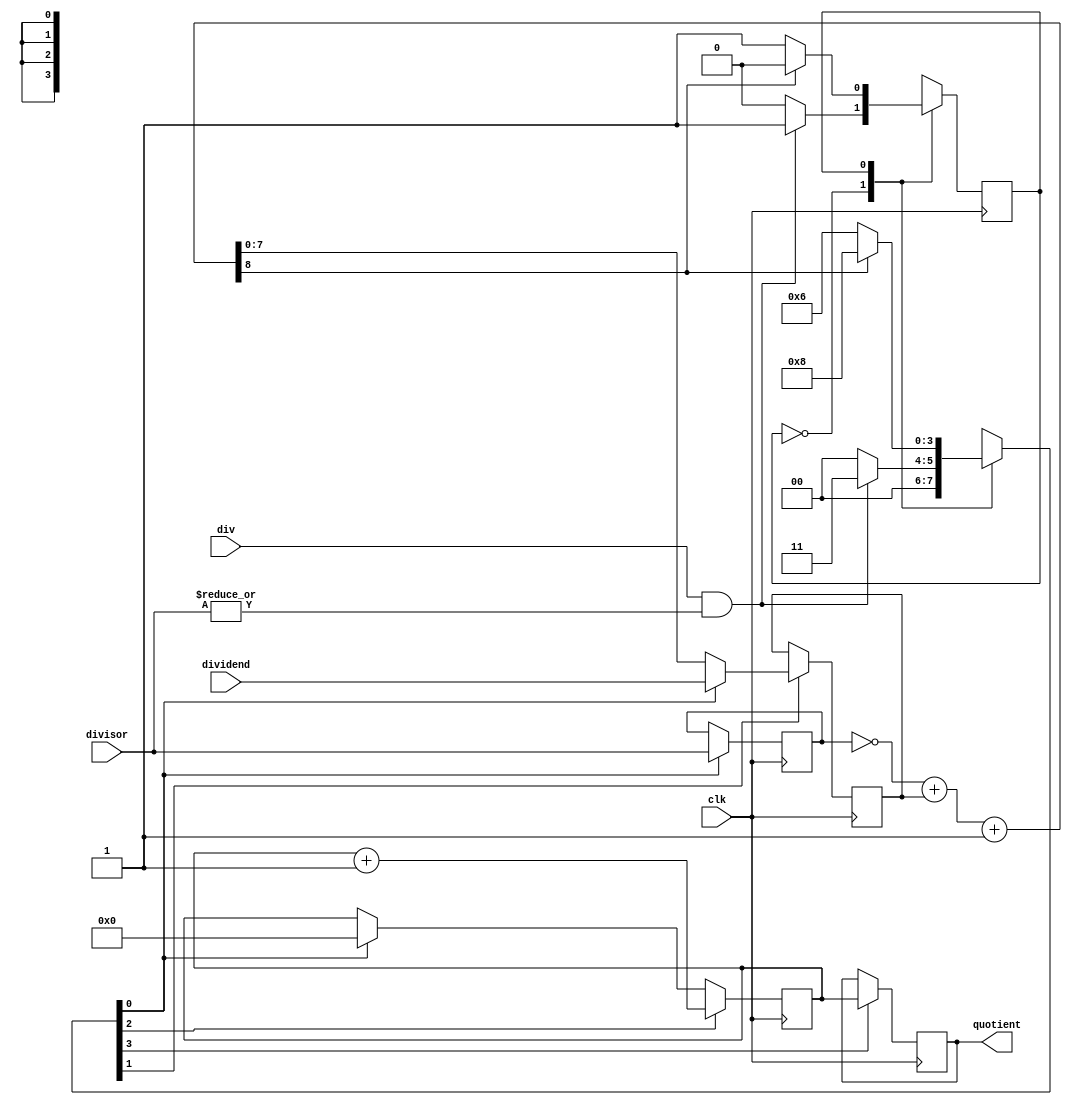
module divider
    (
        input       clk,
        input       div,
        input       [7:0] divisor,
        input       [7:0] dividend,
        output reg  [7:0] quotient
    );

    reg state, next_state;
    parameter   S0 = 0,
                S1 = 1;

    reg [3:0] C = 0;
    assign C0 = C[0];
    assign C1 = C[1];
    assign C2 = C[2];
    assign C3 = C[3];

    always @(posedge clk) begin             // update state
        state <= next_state;
    end

    always @(*) begin                       // state machine ; mealy
        case (state)
            S0:             
                if (go) begin               // if go asserted, 
                    next_state = S1;        //  proceed to state 1
                    C = 4'b0011;            //  init and load registers
                end else begin              // otherwise
                    next_state = S0;        //  remain in state 0
                    C = 4'b0000;        
                end
            S1:                             
                if (BLA) begin              // if BLA asserted,
                    next_state = S0;        //  proceed to state 0
                    C = 4'b1000;            //  load quotient reg 
                end else begin              // otherwise
                    next_state = S1;        //  remain in state 1
                    C = 4'b0110;
                end
            default: begin
                    next_state = S0;
                    C = 4'b0000;
            end
        endcase
    end

    reg [7:0] A, B, PA;
    reg blaReg;
    assign go = (div & (|divisor));
    assign BLA = blaReg;

    always @(posedge clk) begin         
        if (C0)                         // if C0 asserted
            A <= divisor;               //  load reg A with dvsr input    
        if (C1) begin                   // if C1 asserted
            if (C0)                     //  2-to-1 mux
                B <= dividend;          //  C0 = 1 --> B = dvdnd input    
            else                        //  C0 = 0 --> B = subtraction
                B <= PA;                //
        end
    end

    always @(*) begin                   // subtractor block
        {blaReg, PA} <= ~A + B + 1'b1;  // takes the '2's comp'
    end

    reg [7:0] QI;
    always @(posedge clk) begin         // Quotient increment
        if (C0)                         // if C0
            QI <= 0;                    //  reset to 0
        if (C2)                         // if C2 (aka state 2)
            QI <= QI + 1'b1;            // increment by 1
        if (C3)                         // if C3 (aka rmndr < dvsr)
            quotient <= QI;             // load quotient w/ incr. value
    end

endmodule